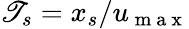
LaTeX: \mathscr{T}_{s}=x_{s}/u_{\mathrm{{~m~a~x~}}}